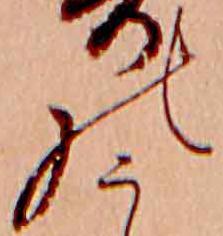
の